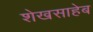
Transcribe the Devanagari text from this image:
शेखसाहेब